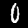
Digit: 0